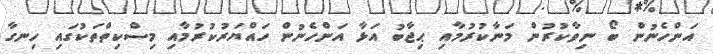
އަންހެނުން ބޯ ނިވާކުރުން މަނާކުރުމާއި ޙިޖާބު އަޅާ އަންހެނުން ހައްޔަރުކުރުމާއި މިސްކިތްތަކުގައި ހިނގާ